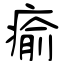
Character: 瘉